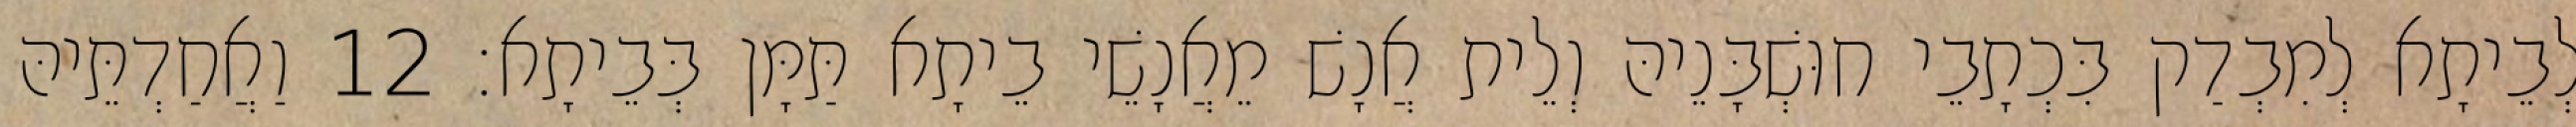
לְבֵיתָא לְמִבְדַק בִּכְתָבֵי חוּשְׁבָּנֵיהּ וְלֵית אֲנָשׁ מֵאֲנָשֵׁי בֵיתָא תַּמָּן בְּבֵיתָא׃ 12 וַאֲחַדְתֵּיהּ